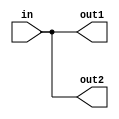
module io3inv(in, out1, out2);
input   in;
output  out1;
output  out2;
buf g0(out1, in);
buf g1(out2, in);
endmodule